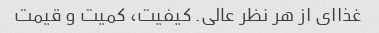
غذاای از هر نظر عالی. کیفیت، کمیت و قیمت